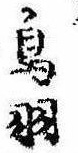
鳥羽